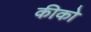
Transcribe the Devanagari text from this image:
कीको